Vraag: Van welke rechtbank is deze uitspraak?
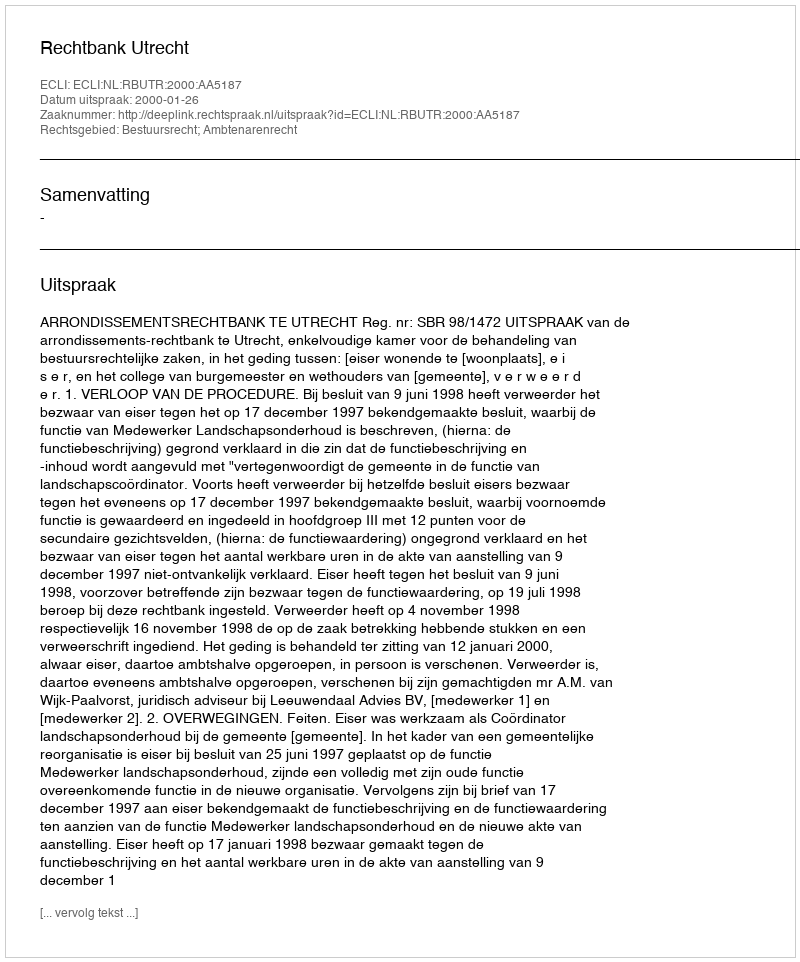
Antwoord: Rechtbank Utrecht